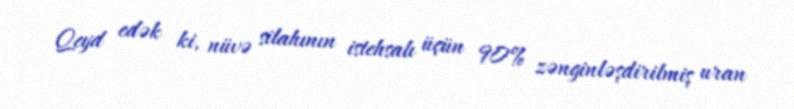
Qeyd edək ki, nüvə silahının istehsalı üçün 90% zənginləşdirilmiş uran